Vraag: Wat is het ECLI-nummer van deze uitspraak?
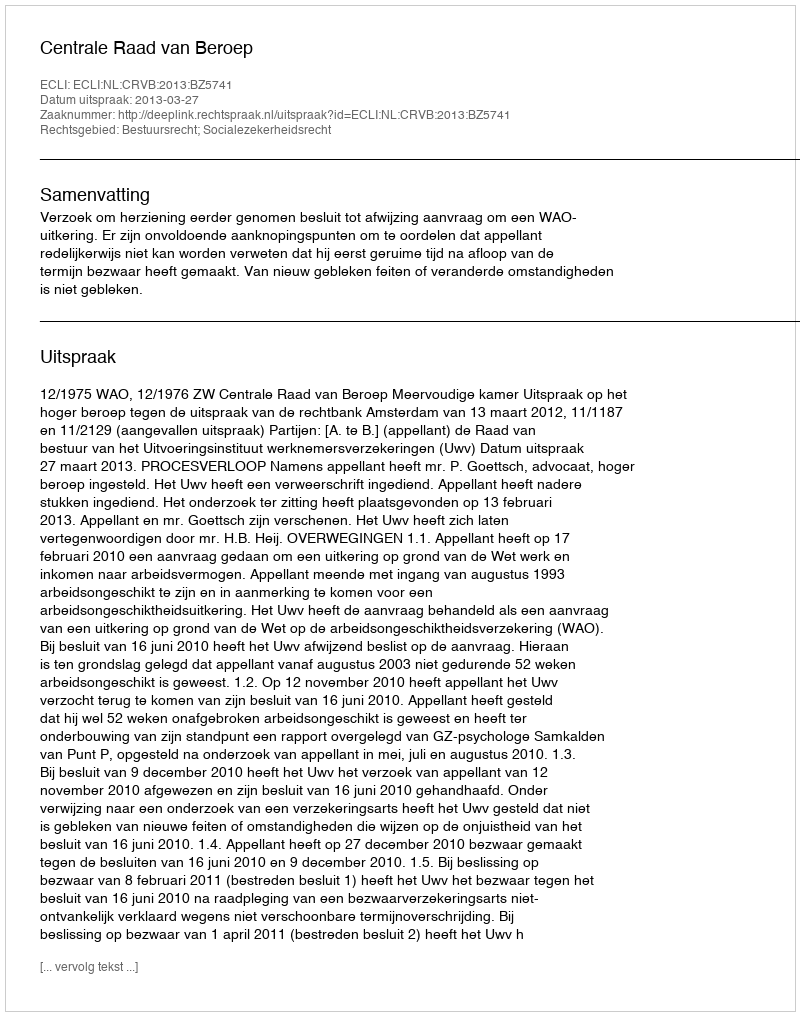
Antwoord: ECLI:NL:CRVB:2013:BZ5741